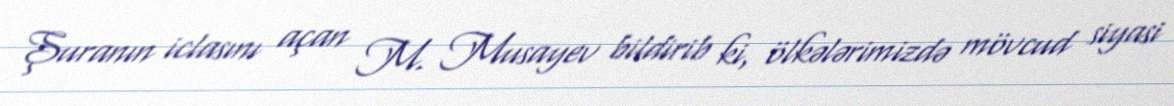
Şuranın iclasını açan M. Musayev bildirib ki, ölkələrimizdə mövcud siyasi